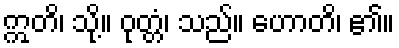
ဣတိ၊ သို့။ ဝုတ္တံ၊ သည်။ ဟောတိ၊ ၏။